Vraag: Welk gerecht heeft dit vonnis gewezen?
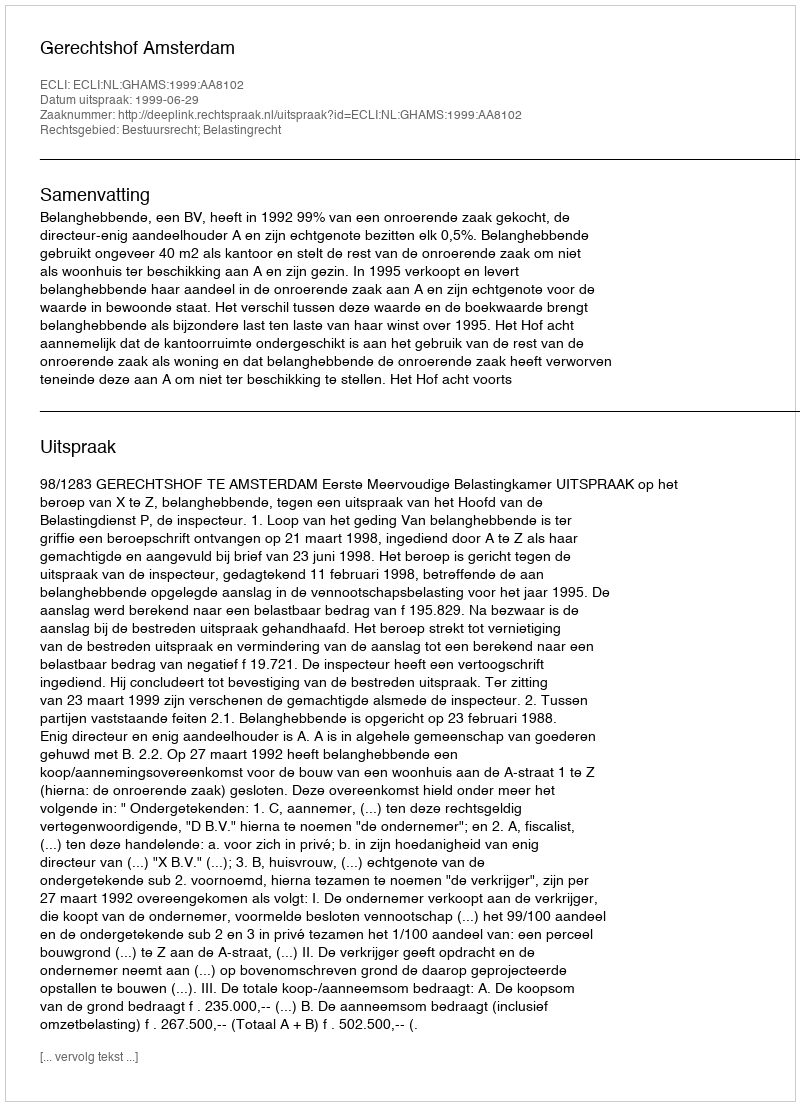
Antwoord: Gerechtshof Amsterdam